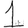
Digit: 1